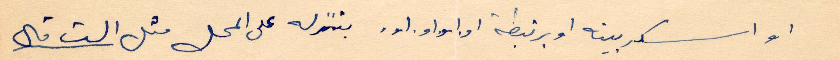
او اسكربينه او برنيطه او او او او بننزل على المحل كتل الست قال